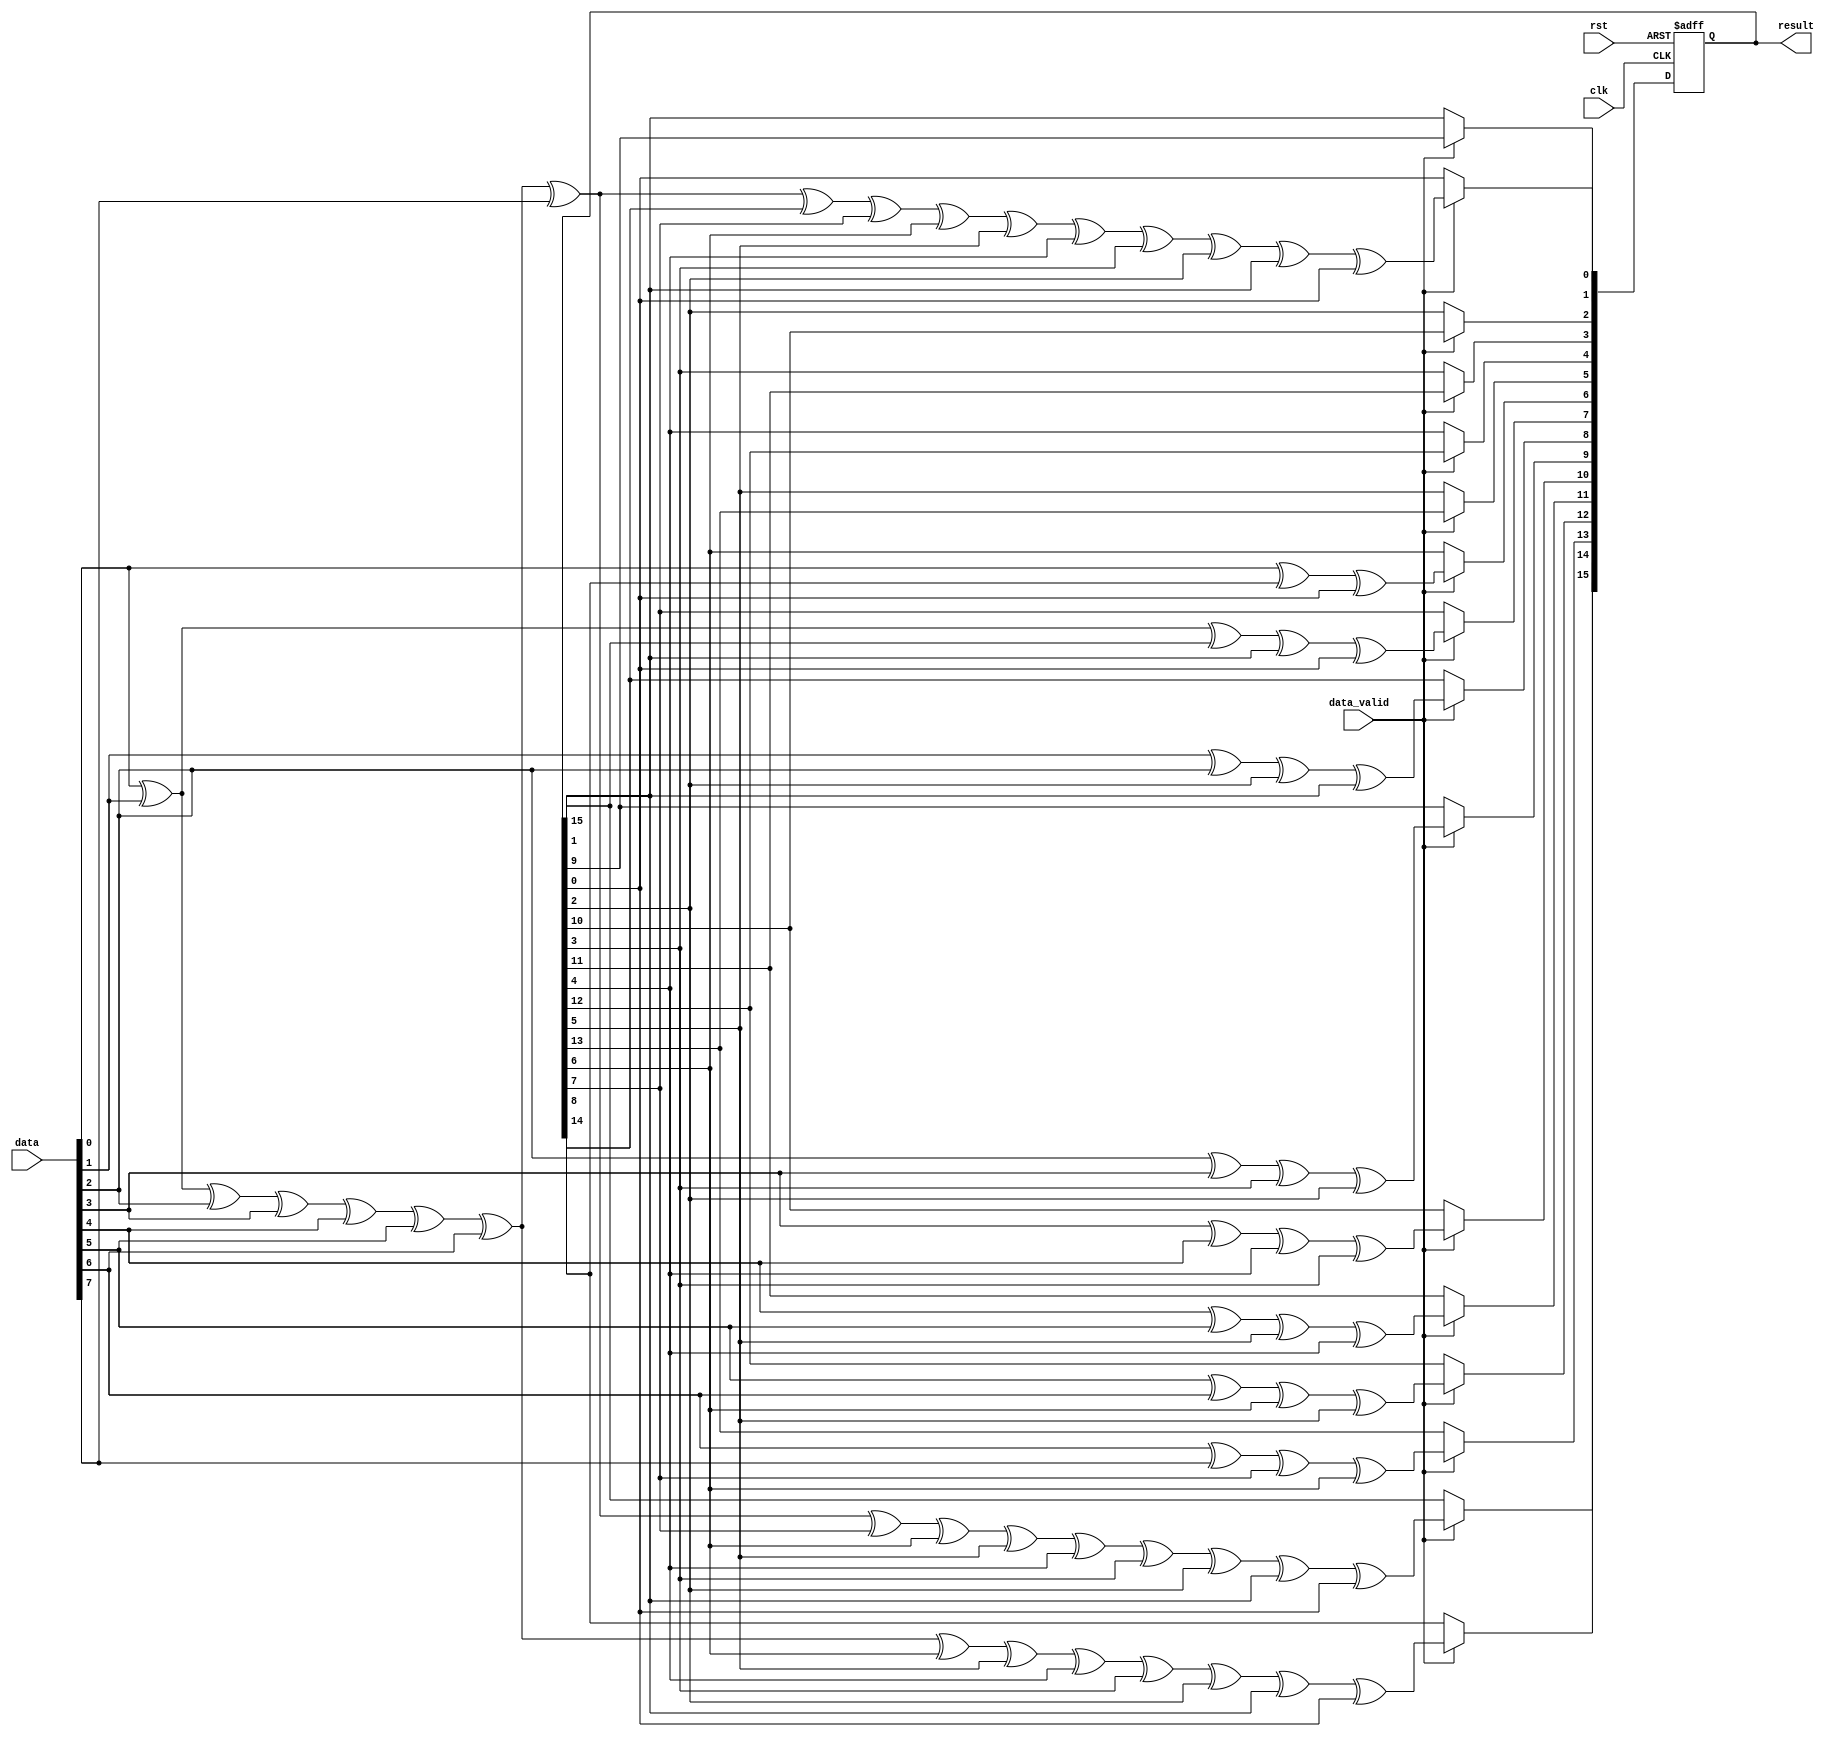
// `default_nettype none
module usb_crc16_8(
    input  wire        clk,
    input  wire        rst,
    input  wire  [7:0] data,
    input  wire        data_valid,
    output wire [15:0] result);

    // CRC16 polynomial: x^16 + x^15 + x^2 + 1

    reg [15:0] crc_r;

    assign result = crc_r;

    always @(posedge clk or posedge rst) begin
        if (rst) begin
            crc_r <= 16'hffff;

        end else if (data_valid) begin
            crc_r[15] <= data[0] ^ data[1] ^ data[2] ^ data[3] ^ data[4] ^ data[5] ^ data[6] ^ data[7] ^ crc_r[7] ^ crc_r[6] ^ crc_r[5] ^ crc_r[4] ^ crc_r[3] ^ crc_r[2] ^ crc_r[1] ^ crc_r[0];
            crc_r[14] <= data[0] ^ data[1] ^ data[2] ^ data[3] ^ data[4] ^ data[5] ^ data[6] ^ crc_r[6] ^ crc_r[5] ^ crc_r[4] ^ crc_r[3] ^ crc_r[2] ^ crc_r[1] ^ crc_r[0];
            crc_r[13] <= data[6] ^ data[7] ^ crc_r[7] ^ crc_r[6];
            crc_r[12] <= data[5] ^ data[6] ^ crc_r[6] ^ crc_r[5];
            crc_r[11] <= data[4] ^ data[5] ^ crc_r[5] ^ crc_r[4];
            crc_r[10] <= data[3] ^ data[4] ^ crc_r[4] ^ crc_r[3];
            crc_r[9] <= data[2] ^ data[3] ^ crc_r[3] ^ crc_r[2];
            crc_r[8] <= data[1] ^ data[2] ^ crc_r[2] ^ crc_r[1];
            crc_r[7] <= data[0] ^ data[1] ^ crc_r[15] ^ crc_r[1] ^ crc_r[0];
            crc_r[6] <= data[0] ^ crc_r[14] ^ crc_r[0];
            crc_r[5] <= crc_r[13];
            crc_r[4] <= crc_r[12];
            crc_r[3] <= crc_r[11];
            crc_r[2] <= crc_r[10];
            crc_r[1] <= crc_r[9];
            crc_r[0] <= data[0] ^ data[1] ^ data[2] ^ data[3] ^ data[4] ^ data[5] ^ data[6] ^ data[7] ^ crc_r[8] ^ crc_r[7] ^ crc_r[6] ^ crc_r[5] ^ crc_r[4] ^ crc_r[3] ^ crc_r[2] ^ crc_r[1] ^ crc_r[0];
        end
    end

endmodule